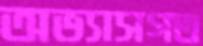
অভ্যাসগত